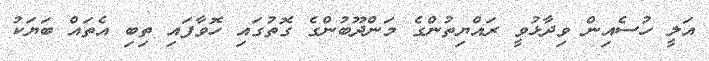
އަލީ ހުސެއިން ވިދާޅުވީ ރައްޔިތުންގެ މަންދޫބުންގެ ގޮތުގައި ހޮވާފައި ތިބި އެތައް ބަޔަކު